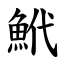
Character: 鮘